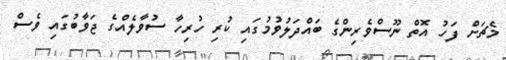
މެޗަށް ފަހު އޮތް ނޫސްވެރިންގެ ބައްދަލުވުމުގައި ކުރި ހުރިހާ ސުވާލެއްގެ ޖަވާބުގައި ވެސް